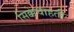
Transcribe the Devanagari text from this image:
सिक्केचाहती